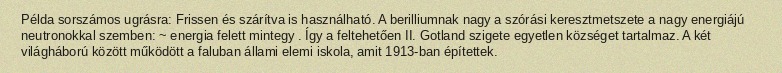
Példa sorszámos ugrásra: Frissen és szárítva is használható. A berilliumnak nagy a szórási keresztmetszete a nagy energiájú neutronokkal szemben: ~ energia felett mintegy . Így a feltehetően II. Gotland szigete egyetlen községet tartalmaz. A két világháború között működött a faluban állami elemi iskola, amit 1913-ban építettek.